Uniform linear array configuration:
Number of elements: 12
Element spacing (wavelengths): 1
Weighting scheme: kaiser
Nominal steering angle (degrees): -45
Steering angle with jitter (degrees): -43.806
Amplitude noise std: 0.05
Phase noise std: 0.05

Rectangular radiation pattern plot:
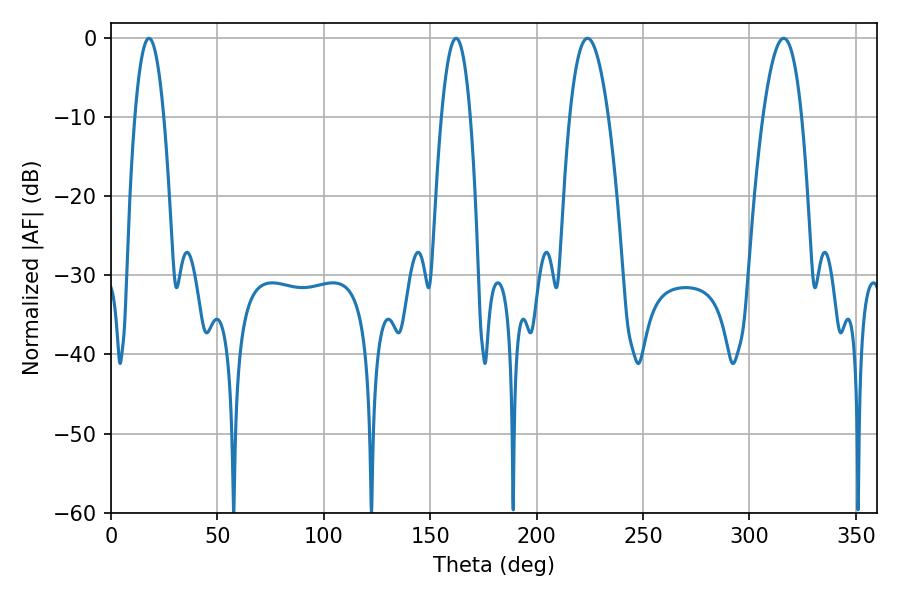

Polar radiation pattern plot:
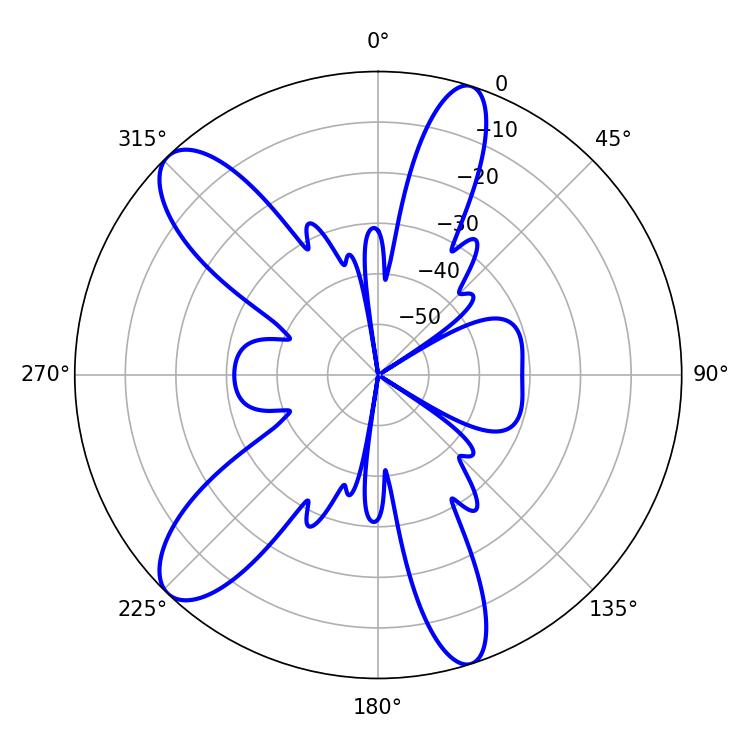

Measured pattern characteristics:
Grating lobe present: TRUE
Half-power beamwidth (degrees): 10.08
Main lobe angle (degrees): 316.08